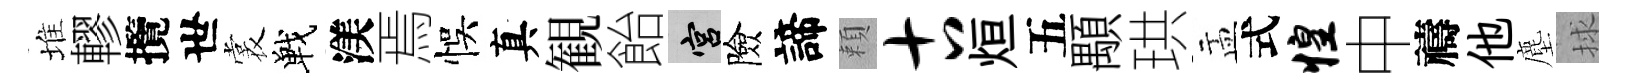
堆轇攬世裳戰渼焉悞真観飴宫險諦頼古烜五顒珙盂式惶中禱他塵捄